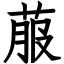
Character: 菔